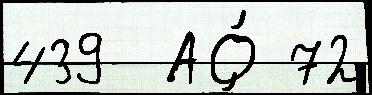
439  АО́ 72